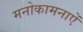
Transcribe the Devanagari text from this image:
मनोकामनाऐं